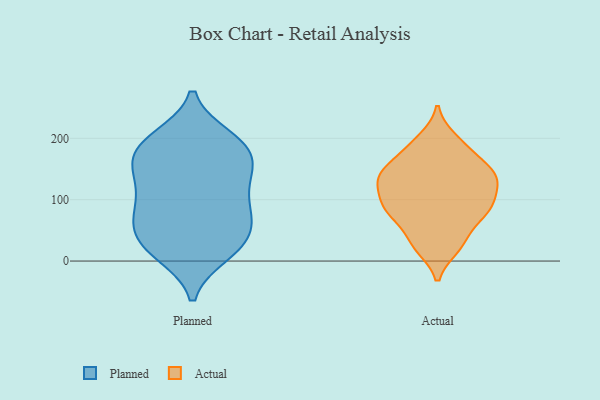
{"axis": {"x": "Market Share (%)", "y": "Value"}, "legend": ["Actual", "Planned"], "data": [{"x": "", "y": 65, "type": "Planned"}, {"x": "", "y": 20, "type": "Planned"}, {"x": "", "y": 154, "type": "Planned"}, {"x": "", "y": 77, "type": "Planned"}, {"x": "", "y": 149, "type": "Planned"}, {"x": "", "y": 76, "type": "Planned"}, {"x": "", "y": 105, "type": "Planned"}, {"x": "", "y": 42, "type": "Planned"}, {"x": "", "y": 148, "type": "Planned"}, {"x": "", "y": 191, "type": "Planned"}, {"x": "", "y": 195, "type": "Planned"}, {"x": "", "y": 200, "type": "Planned"}, {"x": "", "y": 186, "type": "Planned"}, {"x": "", "y": 18, "type": "Planned"}, {"x": "", "y": 12, "type": "Planned"}, {"x": "", "y": 137, "type": "Planned"}, {"x": "", "y": 109, "type": "Planned"}, {"x": "", "y": 179, "type": "Planned"}, {"x": "", "y": 30, "type": "Planned"}, {"x": "", "y": 67, "type": "Planned"}, {"x": "", "y": 186, "type": "Actual"}, {"x": "", "y": 139, "type": "Actual"}, {"x": "", "y": 44, "type": "Actual"}, {"x": "", "y": 84, "type": "Actual"}, {"x": "", "y": 170, "type": "Actual"}, {"x": "", "y": 200, "type": "Actual"}, {"x": "", "y": 93, "type": "Actual"}, {"x": "", "y": 21, "type": "Actual"}, {"x": "", "y": 141, "type": "Actual"}, {"x": "", "y": 24, "type": "Actual"}, {"x": "", "y": 125, "type": "Actual"}, {"x": "", "y": 110, "type": "Actual"}, {"x": "", "y": 81, "type": "Actual"}, {"x": "", "y": 128, "type": "Actual"}, {"x": "", "y": 72, "type": "Actual"}, {"x": "", "y": 140, "type": "Actual"}, {"x": "", "y": 87, "type": "Actual"}, {"x": "", "y": 154, "type": "Actual"}]}